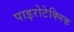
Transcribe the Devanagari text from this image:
पाइरोटेक्निक